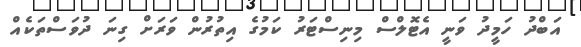
އަބްދު ހަމީދު ވަނީ އެޓޮލްސް މިނިސްޓަރު ކަމުގެ އިތުރުން ވަރަށް ގިނަ ދުވަސްތަކެއް